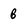
Character: B